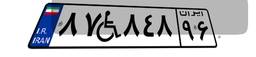
۸۷W۸۴۸۹۶